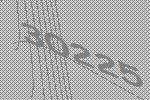
30225